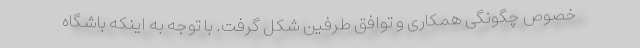
خصوص چگونگی همکاری و توافق طرفین شکل گرفت. با توجه به اینکه باشگاه